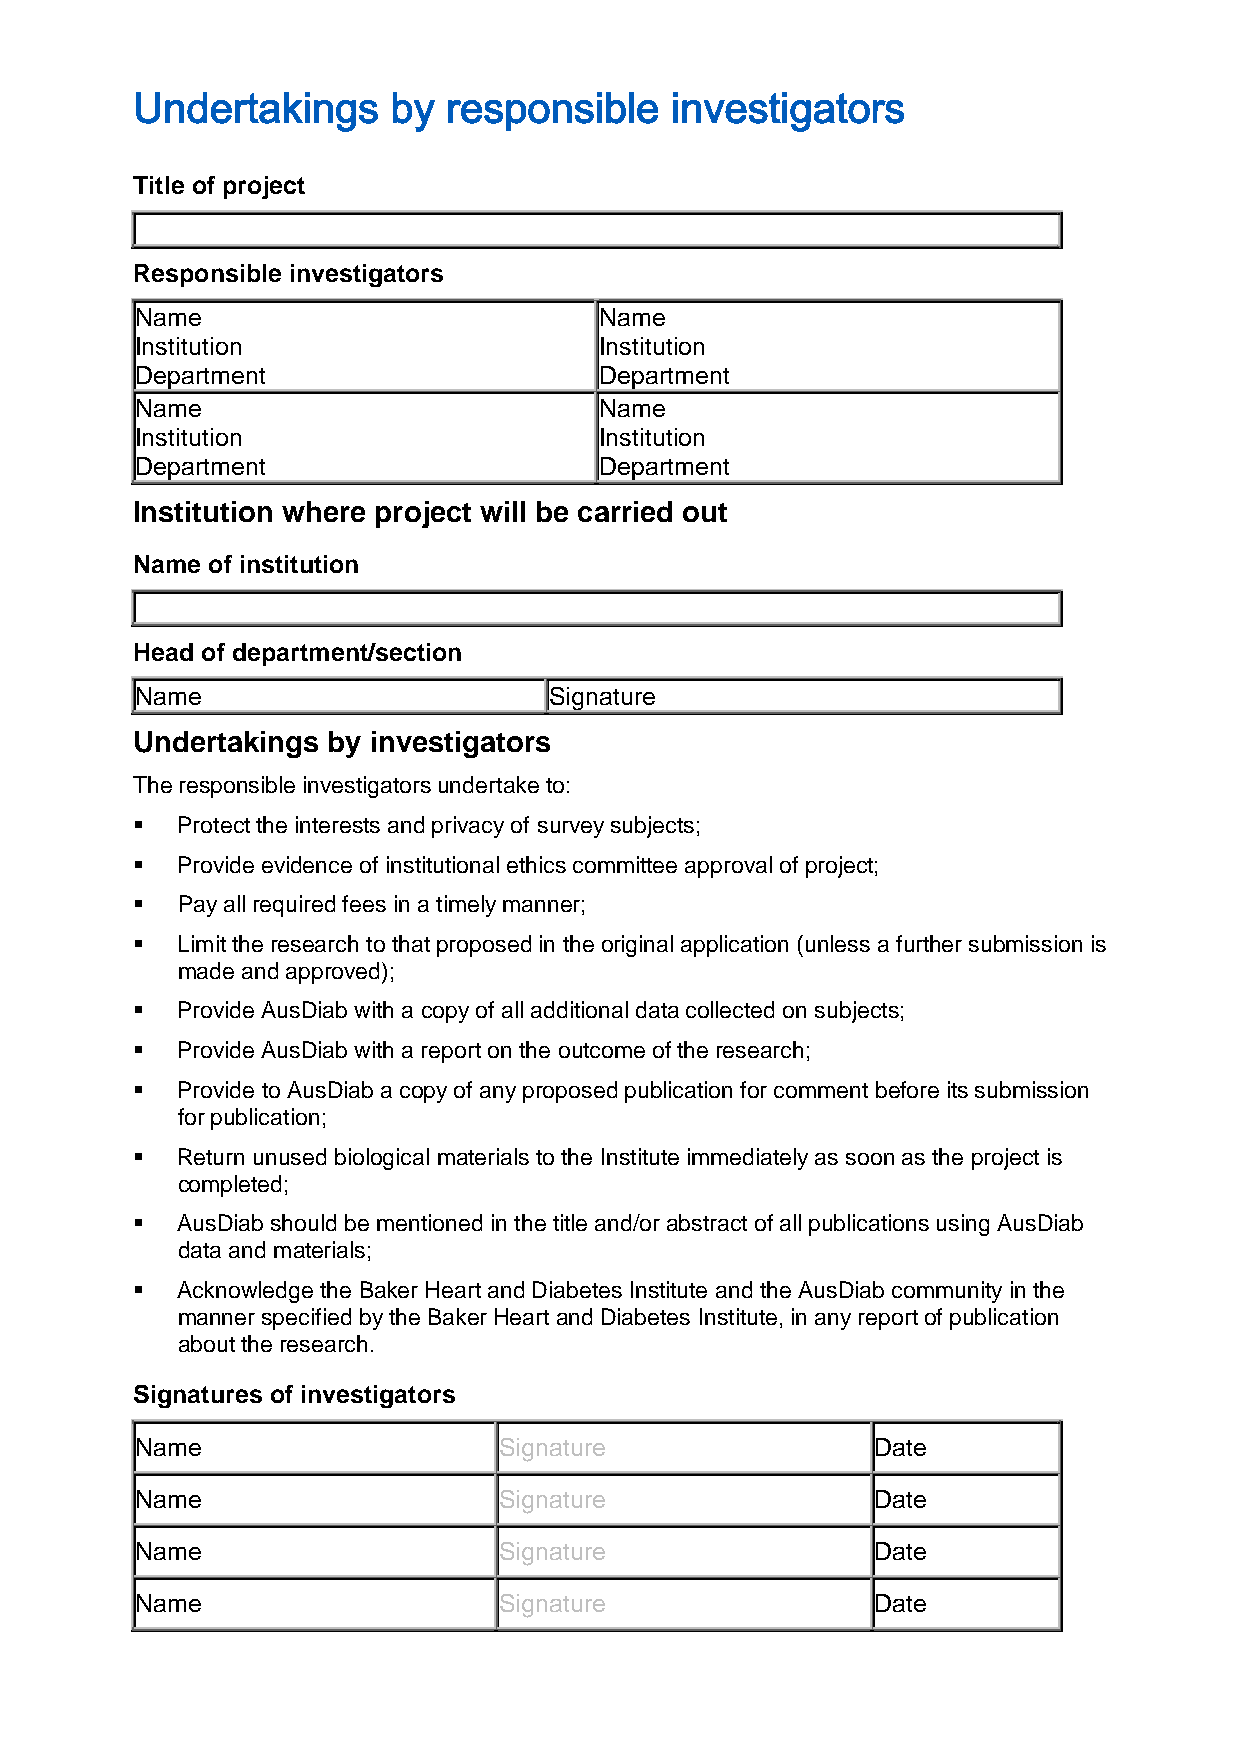
Undertakings     by  responsible   investigators
 Title of project
 Responsible investigators
 Name                           Name
 Institution                    Institution
 Department                     Department
 Name                           Name
 Institution                    Institution
 Department                     Department
 Institution where project will be carried out
 Name of institution
 Head of department/section
 Name                       Signature
 Undertakings by investigators
 The responsible investigators undertake to:
   Protect the interests and privacy of survey subjects;
   Provide evidence of institutional ethics committee approval of project;
   Pay all required fees in a timely manner;
   Limit the research to that proposed in the original application (unless a further submission is
 made and approved);
   Provide AusDiab with a copy of all additional data collected on subjects;
   Provide AusDiab with a report on the outcome of the research;
   Provide to AusDiab a copy of any proposed publication for comment before its submission
 for publication;
   Return unused biological materials to the Institute immediately as soon as the project is
 completed;
   AusDiab should be mentioned in the title and/or abstract of all publications using AusDiab
 data and materials;
   Acknowledge the Baker Heart and Diabetes Institute and the AusDiab community in the
 manner specified by the Baker Heart and Diabetes Institute, in any report of publication
 about the research.
 Signatures of investigators
 Name                    Signature                Date
 Name                    Signature                Date
 Name                    Signature                Date
 Name                    Signature                Date